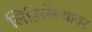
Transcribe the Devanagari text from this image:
लिहिलेल्यावर